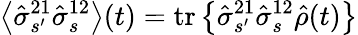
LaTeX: \left\langle\hat{\sigma}_{s^{\prime}}^{21}\hat{\sigma}_{s}^{12}\right\rangle(t)=\mathrm{tr}\left\{ \hat{\sigma}_{s^{\prime}}^{21}\hat{\sigma}_{s}^{12}\hat{\rho}(t)\right\}